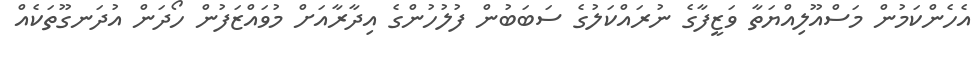
އެހެންކަމުން މަސްއޫލިއްޔަތާ ވަޒީފާގެ ނުރައްކަލުގެ ސަބަބުން ފުލުުހުންގެ އިދާރާއަށް މުވައްޒަފުން ހޯދަން އުދަނގޫތަކެއް